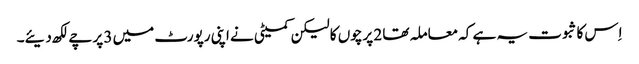
اِس کا ثبوت یہ ہے کہ معاملہ تھا 2 پرچوں کا لیکن کمیٹی نے اپنی رپورٹ میں 3 پرچے لکھ دیئے۔